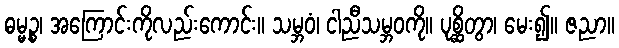
ဓမ္မဉ္စ၊ အကြောင်းကိုလည်းကောင်း။ သမ္ဘဝံ၊ ငါညီသမ္ဘဝကို။ ပုစ္ဆိတွာ၊ မေး၍။ ဇညာ။